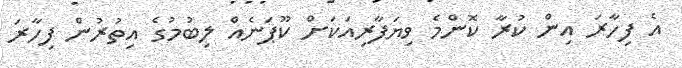
އެ ފިހާރަ އިން ކުރާ ކޮންމެ ވިޔަފާރިއަކަށް ކޫޕަނެއް ލިބުމުގެ އިތުރުން ފިހާރަ